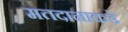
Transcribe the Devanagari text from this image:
मतदानाकडे